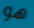
هو